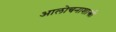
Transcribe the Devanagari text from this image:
आलोचनाशास्त्री